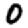
Digit: 0